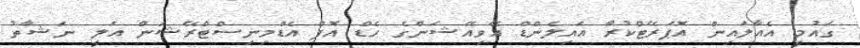
ގައުމީ އެއާލައިން އޮޕަރޭޓްކުރާ އައިލެންޑް އޭވިއޭޝަންގެ ހެޑް އޮފް އެޑްމިނިސްޓްރޭޝަން އަލީ ނަޝާތު